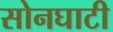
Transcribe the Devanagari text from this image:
सोनघाटी